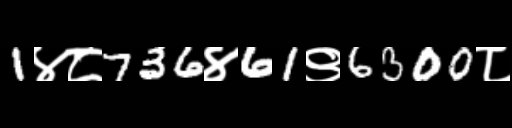
Text: 1४८736४61९6300८